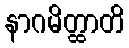
နာဂမိတ္ထာတိ